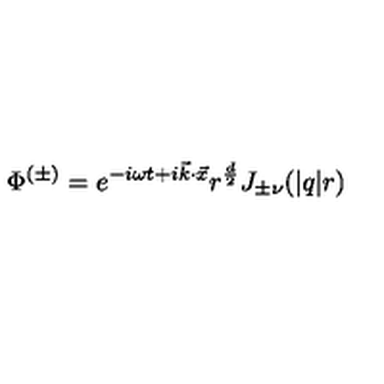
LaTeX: \Phi ^ { ( \pm ) } = e ^ { - i \omega t + i \vec { k } \cdot \vec { x } } r ^ { \frac { d } { 2 } } J _ { \pm \nu } ( | q | r )